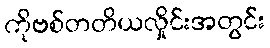
ကိုဗစ်တတိယလှိုင်းအတွင်း